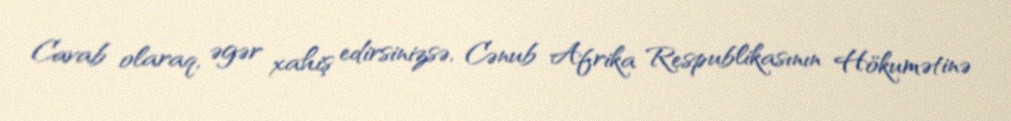
Cavab olaraq, əgər xahiş edirsinizsə, Cənub Afrika Respublikasının Hökumətinə